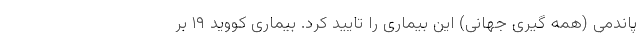
پاندمی (همه گیری جهانی) این بیماری را تایید کرد. بیماری کووید ۱۹ بر